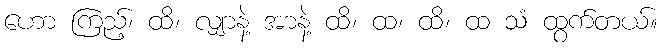
ဟော ကြည့်၊ ထိ၊ လျှာနဲ့ အာနဲ့ ထိ၊ ထ၊ ထိ၊ ထ သံ ထွက်တယ်။